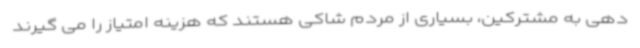
دهی به مشترکین، بسیاری از مردم شاکی هستند که هزینه امتیاز را می گیرند